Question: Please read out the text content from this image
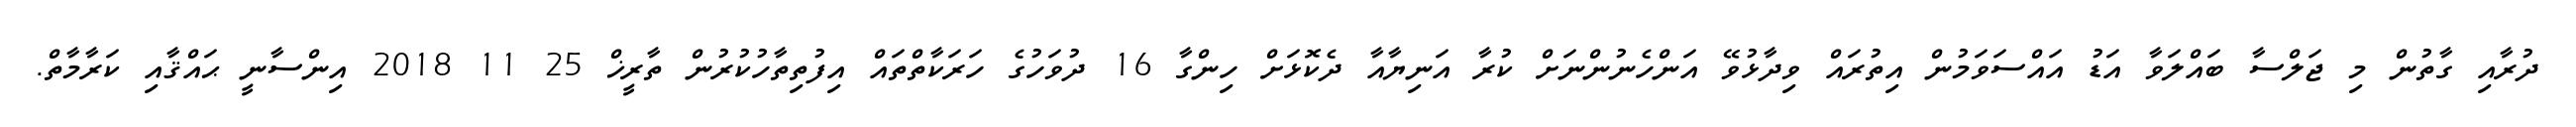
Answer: ދުރާއި ގާތުން މި ޖަލްސާ ބައްލަވާ އަޑު އައްސަވަމުން އިތުރައް ވިދާޅުވޭ އަންހެނުންނަށް ކުރާ އަނިޔާއާ ދެކޮޅަށް ހިންގާ 16 ދުވަހުގެ ހަރަކާތްތައް އިފުތިތާހުކުރުން ތާރީޚް 25 11 2018 އިންސާނީ ޙައްޤާއި ކަރާމާތް.